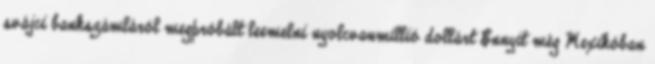
svájci bankszámláról megpróbált leemelni nyolcvanmillió dollárt Ennyit még Mexikóban